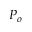
P _ { o }